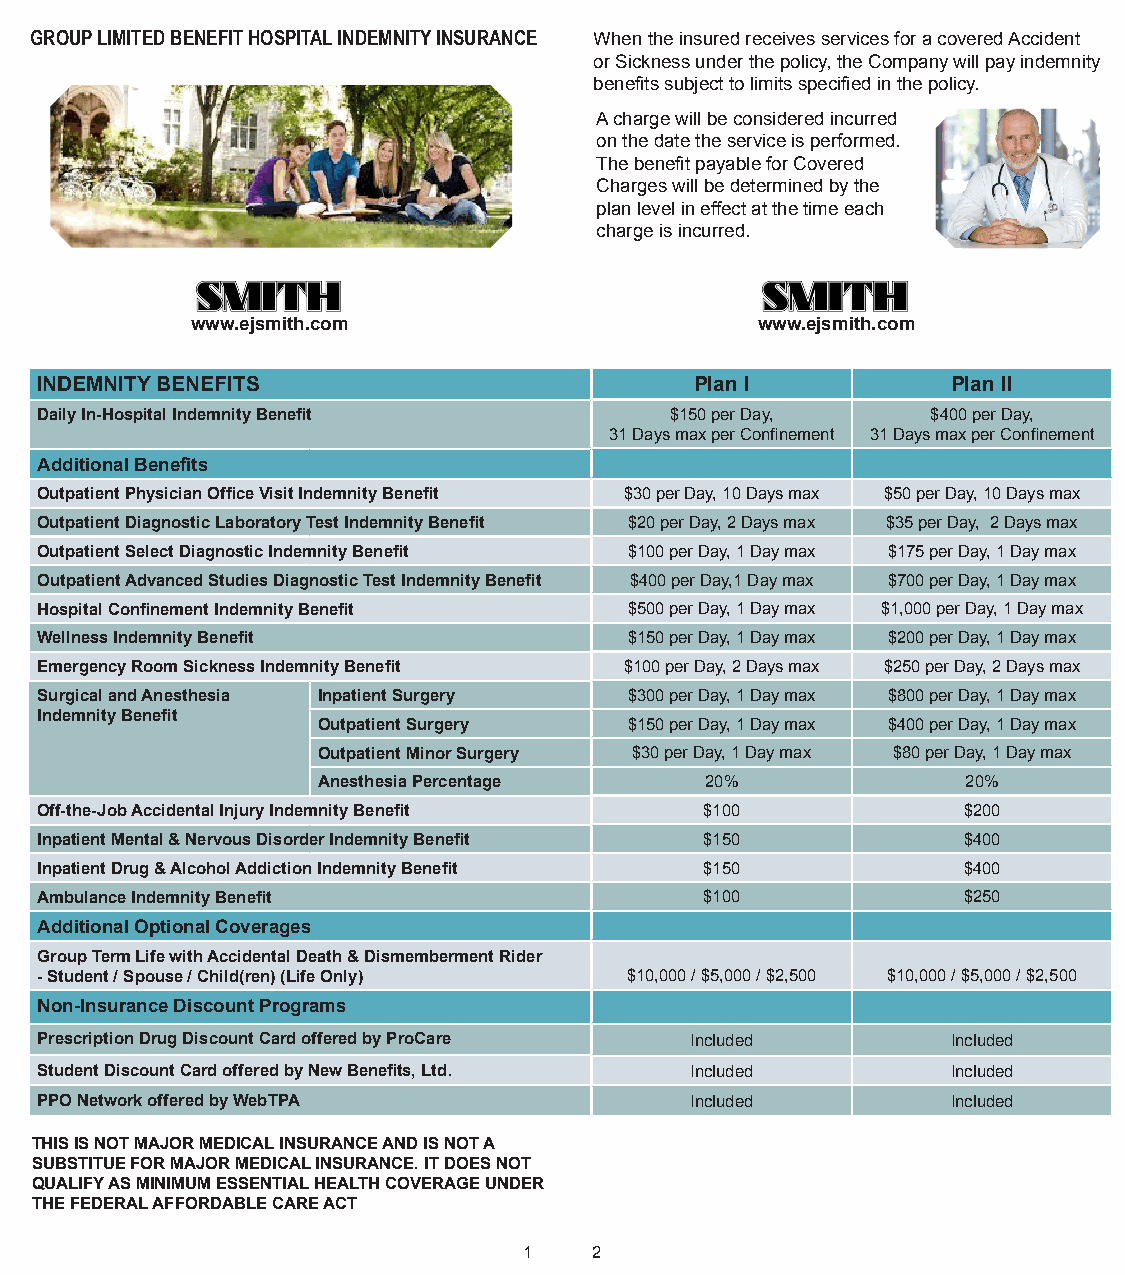
GROUP LIMITED BENEFIT HOSPITAL INDEMNITY INSURANCE When the insured receives services for a covered Accident
 or Sickness under the policy, the Company will pay indemnity
 benefits subject to limits specified in the policy.
 A charge will be considered incurred
 on the date the service is performed.
 The benefit payable for Covered
 Charges will be determined by the
 plan level in effect at the time each
 charge is incurred.
 www.ejsmith.com                      www.ejsmith.com
 INDEMNITY BENEFITS                          Plan I           Plan II
 Daily In-Hospital Indemnity Benefit       $150 per Day,     $400 per Day,
 31 Days max per Confinement 31 Days max per Confinement
 Additional Benefits
 Outpatient Physician Office Visit Indemnity Benefit $30 per Day, 10 Days max $50 per Day, 10 Days max
 Outpatient Diagnostic Laboratory Test Indemnity Benefit $20 per Day, 2 Days max $35 per Day, 2 Days max
 Outpatient Select Diagnostic Indemnity Benefit $100 per Day, 1 Day max $175 per Day, 1 Day max
 Outpatient Advanced Studies Diagnostic Test Indemnity Benefit $400 per Day,1 Day max $700 per Day, 1 Day max
 Hospital Confinement Indemnity Benefit  $500 per Day, 1 Day max $1,000 per Day, 1 Day max
 Wellness Indemnity Benefit              $150 per Day, 1 Day max $200 per Day, 1 Day max
 Emergency Room Sickness Indemnity Benefit $100 per Day, 2 Days max $250 per Day, 2 Days max
 Surgical and Anesthesia Inpatient Surgery $300 per Day, 1 Day max $800 per Day, 1 Day max
 Indemnity Benefit
 Outpatient Surgery   $150 per Day, 1 Day max $400 per Day, 1 Day max
 Outpatient Minor Surgery $30 per Day, 1 Day max $80 per Day, 1 Day max
 Anesthesia Percentage     20%              20%
 Off-the-Job Accidental Injury Indemnity Benefit $100          $200
 Inpatient Mental & Nervous Disorder Indemnity Benefit $150    $400
 Inpatient Drug & Alcohol Addiction Indemnity Benefit $150     $400
 Ambulance Indemnity Benefit                  $100             $250
 Additional Optional Coverages
 Group Term Life with Accidental Death & Dismemberment Rider
 - Student / Spouse / Child(ren) (Life Only) $10,000 / $5,000 / $2,500 $10,000 / $5,000 / $2,500
 Non-Insurance Discount Programs
 Prescription Drug Discount Card offered by ProCare Included  Included
 Student Discount Card offered by New Benefits, Ltd. Included Included
 PPO Network offered by WebTPA               Included         Included
 THIS IS NOT MAJOR MEDICAL INSURANCE AND IS NOT A
 SUBSTITUE FOR MAJOR MEDICAL INSURANCE. IT DOES NOT
 QUALIFY AS MINIMUM ESSENTIAL HEALTH COVERAGE UNDER
 THE FEDERAL AFFORDABLE CARE ACT
 1   2